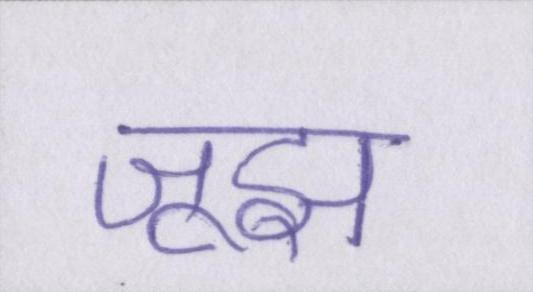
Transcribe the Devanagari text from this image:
जूझ